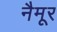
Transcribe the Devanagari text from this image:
नैमूर